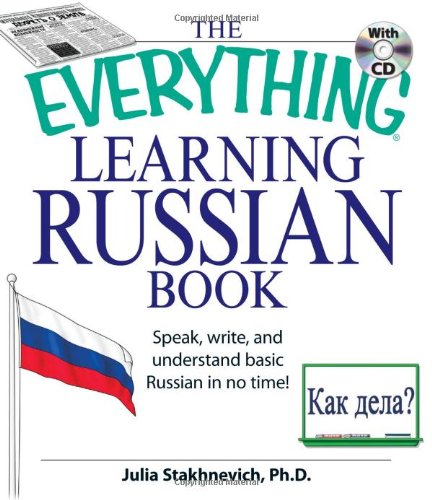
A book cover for The Everything Learning Russian Book with CD: Speak, write, and understand Russian in no time!; Julia Stakhnevich; Computers & Technology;